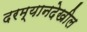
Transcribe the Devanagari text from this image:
दरम्यानदेखील